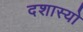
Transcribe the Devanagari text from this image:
दशास्यो